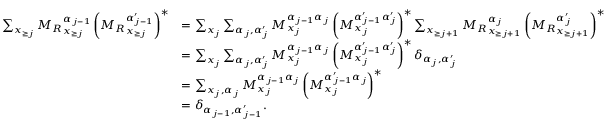
\begin{array} { r l } { \sum _ { \boldsymbol { x } _ { \ge j } } { M _ { R } } _ { \boldsymbol x _ { \ge j } } ^ { \alpha _ { j - 1 } } \left( { M _ { R } } _ { \boldsymbol x _ { \ge j } } ^ { \alpha _ { j - 1 } ^ { \prime } } \right) ^ { * } } & { = \sum _ { x _ { j } } \sum _ { \alpha _ { j } , \alpha _ { j } ^ { \prime } } M _ { x _ { j } } ^ { \alpha _ { j - 1 } \alpha _ { j } } \left( M _ { x _ { j } } ^ { \alpha _ { j - 1 } ^ { \prime } \alpha _ { j } ^ { \prime } } \right) ^ { * } \sum _ { \boldsymbol { x } _ { \ge j + 1 } } { M _ { R } } _ { \boldsymbol { x } _ { \ge j + 1 } } ^ { \alpha _ { j } } \left( { M _ { R } } _ { \boldsymbol { x } _ { \ge j + 1 } } ^ { \alpha _ { j } ^ { \prime } } \right) ^ { * } } \\ & { = \sum _ { x _ { j } } \sum _ { \alpha _ { j } , \alpha _ { j } ^ { \prime } } M _ { x _ { j } } ^ { \alpha _ { j - 1 } \alpha _ { j } } \left( M _ { x _ { j } } ^ { \alpha _ { j - 1 } ^ { \prime } \alpha _ { j } ^ { \prime } } \right) ^ { * } \delta _ { \alpha _ { j } , \alpha _ { j } ^ { \prime } } } \\ & { = \sum _ { x _ { j } , \alpha _ { j } } M _ { x _ { j } } ^ { \alpha _ { j - 1 } \alpha _ { j } } \left( M _ { x _ { j } } ^ { \alpha _ { j - 1 } ^ { \prime } \alpha _ { j } } \right) ^ { * } } \\ & { = \delta _ { \alpha _ { j - 1 } , \alpha _ { j - 1 } ^ { \prime } } . } \end{array}